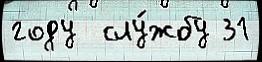
году  слу́жбу 31